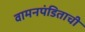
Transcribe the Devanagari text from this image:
वामनपंडिताची